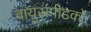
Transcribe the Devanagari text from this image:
वायुसंपीडकों